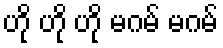
ဟို ဟို ဟို မဂမ် မဂမ်